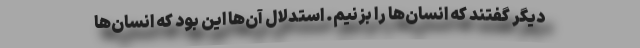
دیگر گفتند که انسان‌ها را بزنیم. استدلال آن‌ها این بود که انسان‌ها